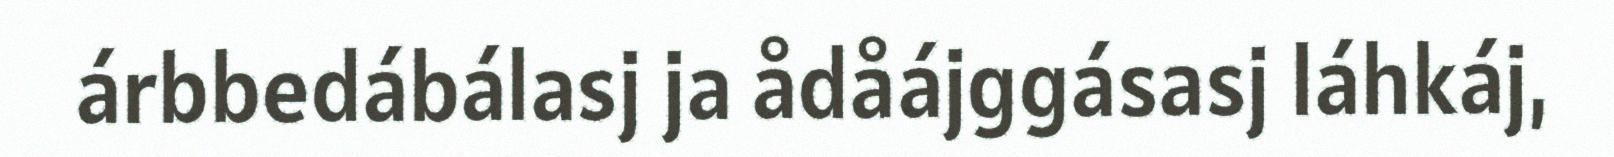
árbbedábálasj ja ådåájggásasj láhkáj,